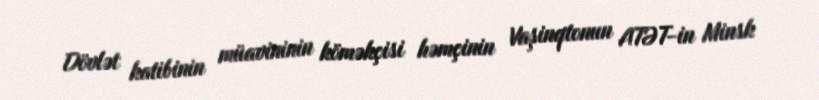
Dövlət katibinin müavininin köməkçisi həmçinin Vaşinqtonun ATƏT-in Minsk